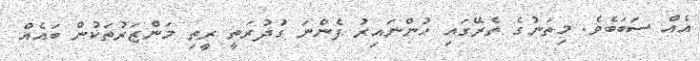
އެއް ސަބަބެވެ. މިތަނުގެ ތެރޭގައި ހުންނައިރު ފެންނަ ގުދުރަތީ ރީތި މަންޒަރުތަކުން ބައެއް